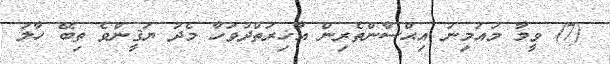
(7) ވީމާ މުއުމިނު އިޙްސާންތެރިން އާޚިރަތްދުވަހާ މެދު ޔަޤީންވެ ތިބޭ ހާލު